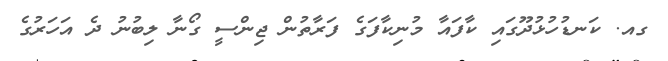
ގއ. ކަނޑުހުޅުދޫގައި ކާފައާ މުނިކާފަގެ ފަރާތުން ޖިންސީ ގޯނާ ލިބުނު ދެ އަހަރުގެ